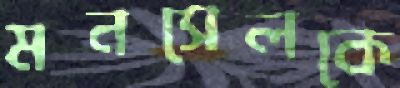
মনসেলকে